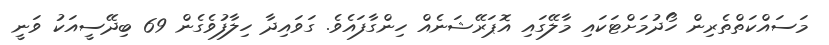
މަސައްކަތްތެރިން ހޯދުމަށްޓަކައި މާލޭގައި އޮޕަރޭޝަނެއް ހިންގާފައެވެ. ގަވައިދާ ހިލާފުވެގެން 69 ބިދޭސީއަކު ވަނީ